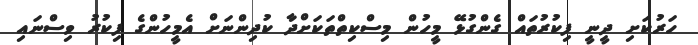
ހަރުކަށި ދީނީ ފިކުރުތައް ގެންގުޅޭ މީހުން މިސްކިތްތަކަށްދާ ކުދިންނަށް އެމީހުންގެ ފިކުރު ވިސްނައި